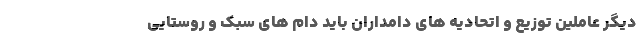
دیگر عاملین توزیع و اتحادیه های دامداران باید دام های سبک و روستایی